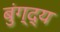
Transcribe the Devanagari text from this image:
बुंग्द्य